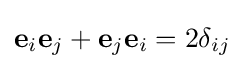
\mathbf {e} _{i}\mathbf {e} _{j}+\mathbf {e} _{j}\mathbf {e} _{i}=2\delta _{ij}